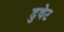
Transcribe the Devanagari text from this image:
डुवेट